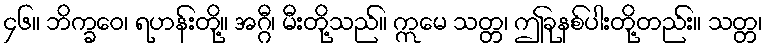
၄၆။ ဘိက္ခဝေ၊ ရဟန်းတို့။ အဂ္ဂီ၊ မီးတို့သည်။ ဣမေ သတ္တ၊ ဤခုနစ်ပါးတို့တည်း။ သတ္တ၊